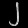
Digit: ၂